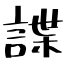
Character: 諜